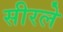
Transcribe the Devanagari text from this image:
सीरले